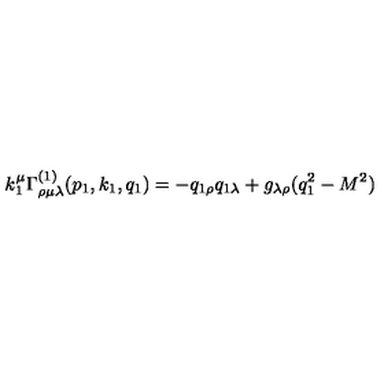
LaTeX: k _ { 1 } ^ { \mu } \Gamma _ { \rho \mu \lambda } ^ { ( 1 ) } ( p _ { 1 } , k _ { 1 } , q _ { 1 } ) = - q _ { 1 \rho } q _ { 1 \lambda } + g _ { \lambda \rho } ( q _ { 1 } ^ { 2 } - M ^ { 2 } )